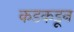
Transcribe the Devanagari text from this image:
कडकडून